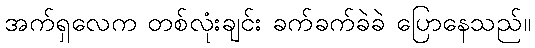
အက်ရှလေက တစ်လုံးချင်း ခက်ခက်ခဲခဲ ပြောနေသည်။